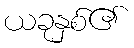
ယခုနှစ်၏